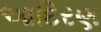
આદિરણ